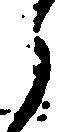
ら